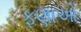
ફણાઓ